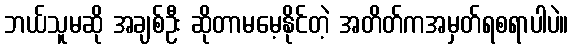
ဘယ်သူမဆို အချစ်ဦး ဆိုတာမမေ့နိုင်တဲ့ အတိတ်ကအမှတ်ရစရာပါပဲ။